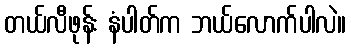
တယ်လီဖုန်း နံပါတ်က ဘယ်လောက်ပါလဲ။